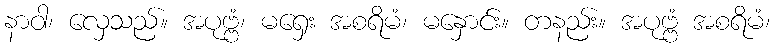
နာဝါ၊ လှေသည်။ အပုဗ္ဗံ၊ မရှေး အစရိမံ၊ မနှောင်း။ တနည်း။ အပုဗ္ဗံ အစရိမံ၊